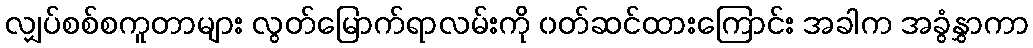
လျှပ်စစ်စကူတာများ လွတ်မြောက်ရာလမ်းကို ၀တ်ဆင်ထားကြောင်း အခါက အခွံနွှာကာ